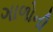
ગાળોની